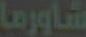
شاورما